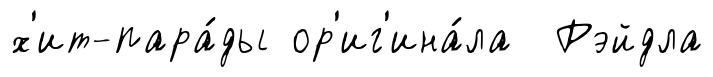
х'ит-пара́ды ор'иг'ина́ла Рэйдла